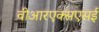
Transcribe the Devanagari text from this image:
वीआरएक्सएसई